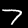
Label: 7